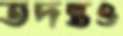
তদন্তও